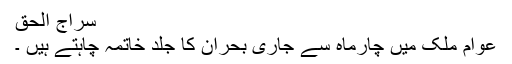
سراج الحق
عوام ملک میں چارماہ سے جاری بحران کا جلد خاتمہ چاہتے ہیں ۔